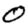
Digit: 0